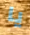
يا